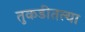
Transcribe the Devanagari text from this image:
तुकडीतल्या